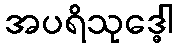
အပရိသုဒ္ဓေါ